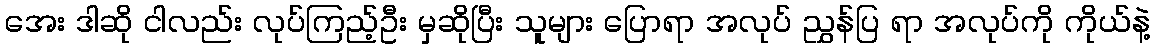
အေး ဒါဆို ငါလည်း လုပ်ကြည့်ဦး မှဆိုပြီး သူများ ပြောရာ အလုပ် ညွှန်ပြ ရာ အလုပ်ကို ကိုယ်နဲ့